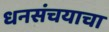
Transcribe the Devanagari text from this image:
धनसंचयाचा